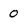
Character: O